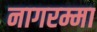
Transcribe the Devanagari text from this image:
नागरम्मा